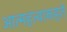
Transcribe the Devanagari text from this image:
आत्महत्याकहते